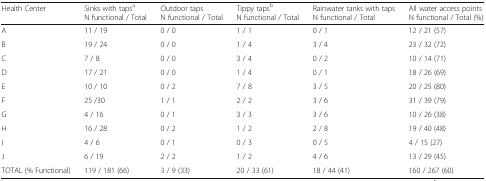
| Health Center | Sinks with tapsa N functional / Total | Outdoor taps N functional / Total | Tippy tapsb N functional / Total | Rainwater tanks with taps N functional / Total | All water access points N functional / Total (%) |
 | --- | --- | --- | --- | --- | --- |
 | A | 11 / 19 | 0 / 0 | 1 / 1 | 0 / 1 | 12 / 21 (57) |
 | B | 19 / 24 | 0 / 0 | 1 / 4 | 3 / 4 | 23 / 32 (72) |
 | C | 7 / 8 | 0 / 0 | 3 / 4 | 0 / 2 | 10 / 14 (71) |
 | D | 17 / 21 | 0 / 0 | 1 / 4 | 0 / 1 | 18 / 26 (69) |
 | E | 10 / 10 | 0 / 2 | 7 / 8 | 3 / 5 | 20 / 25 (80) |
 | F | 25 /30 | 1 / 1 | 2 / 2 | 3 / 6 | 31 / 39 (79) |
 | G | 4 / 16 | 0 / 1 | 3 / 3 | 3 / 6 | 10 / 26 (38) |
 | H | 16 / 28 | 0 / 2 | 1 / 2 | 2 / 8 | 19 / 40 (48) |
 | I | 4 / 6 | 0 / 1 | 0 / 3 | 0 / 5 | 4 / 15 (27) |
 | J | 6 / 19 | 2 / 2 | 1 / 2 | 4 / 6 | 13 / 29 (45) |
 | TOTAL (% Functional) | 119 / 181 (66) | 3 / 9 (33) | 20 / 33 (61) | 18 / 44 (41) | 160 / 267 (60) |